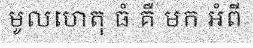
មូលហេតុ ធំ គឺ មក អំពី